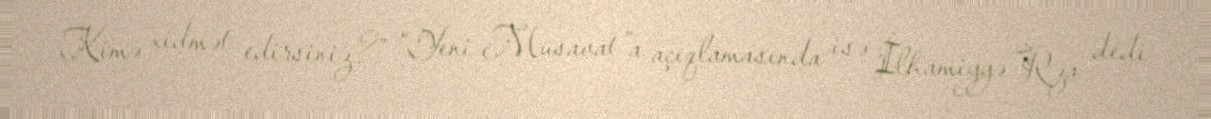
Kimə xidmət edirsiniz?” “Yeni Müsavat”a açıqlamasında isə İlhamiyyə Rza dedi